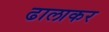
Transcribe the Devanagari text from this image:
ढालाकर